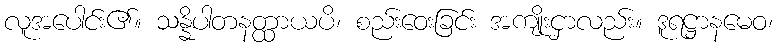
လူအပေါင်း၏။ သန္နိပါတနတ္ထာယပိ၊ စည်းဝေးခြင်း အကျိုးငှာလည်း။ ဒူရဋ္ဌာနမေဝ၊